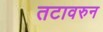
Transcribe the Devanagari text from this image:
तटावरुन